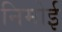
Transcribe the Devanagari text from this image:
निमोई